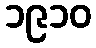
၁၉၁၀